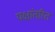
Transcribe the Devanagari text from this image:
पक्षांतरित